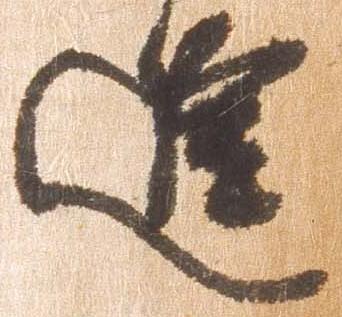
進